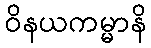
ဝိနယကမ္မာနိ